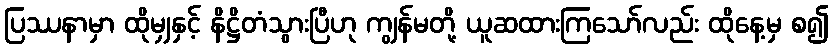
ပြဿနာမှာ ထိုမျှနှင့် နိဋ္ဌိတံသွားပြီဟု ကျွန်မတို့ ယူဆထားကြသော်လည်း ထိုနေ့မှ စ၍